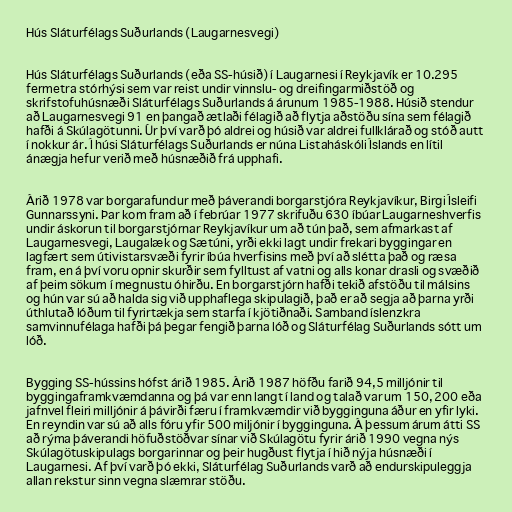
Hús Sláturfélags Suðurlands (Laugarnesvegi)

Hús Sláturfélags Suðurlands (eða SS-húsið) í Laugarnesi í Reykjavík er 10.295
fermetra stórhýsi sem var reist undir vinnslu- og dreifingarmiðstöð og
skrifstofuhúsnæði Sláturfélags Suðurlands á árunum 1985-1988. Húsið stendur
að Laugarnesvegi 91 en þangað ætlaði félagið að flytja aðstöðu sína sem félagið
hafði á Skúlagötunni. Úr því varð þó aldrei og húsið var aldrei fullklárað og stóð autt
í nokkur ár. Í húsi Sláturfélags Suðurlands er núna Listaháskóli Íslands en lítil
ánægja hefur verið með húsnæðið frá upphafi.

Árið 1978 var borgarafundur með þáverandi borgarstjóra Reykjavíkur, Birgi Ísleifi
Gunnarssyni. Þar kom fram að í febrúar 1977 skrifuðu 630 íbúar Laugarneshverfis
undir áskorun til borgarstjórnar Reykjavíkur um að tún það, sem afmarkast af
Laugarnesvegi, Laugalæk og Sætúni, yrði ekki lagt undir frekari byggingar en
lagfært sem útivistarsvæði fyrir íbúa hverfisins með því að slétta það og ræsa
fram, en á því voru opnir skurðir sem fylltust af vatni og alls konar drasli og svæðið
af þeim sökum í megnustu óhirðu. En borgarstjórn hafði tekið afstöðu til málsins
og hún var sú að halda sig við upphaflega skipulagið, það er að segja að þarna yrði
úthlutað lóðum til fyrirtækja sem starfa í kjötiðnaði. Samband íslenzkra
samvinnufélaga hafði þá þegar fengið þarna lóð og Sláturfélag Suðurlands sótt um
lóð.

Bygging SS-hússins hófst árið 1985. Árið 1987 höfðu farið 94,5 milljónir til
byggingaframkvæmdanna og þá var enn langt í land og talað var um 150, 200 eða
jafnvel fleiri milljónir á þávirði færu í framkvæmdir við bygginguna áður en yfir lyki.
En reyndin var sú að alls fóru yfir 500 miljónir í bygginguna. Á þessum árum átti SS
að rýma þáverandi höfuðstöðvar sínar við Skúlagötu fyrir árið 1990 vegna nýs
Skúlagötuskipulags borgarinnar og þeir hugðust flytja í hið nýja húsnæði í
Laugarnesi. Af því varð þó ekki, Sláturfélag Suðurlands varð að endurskipuleggja
allan rekstur sinn vegna slæmrar stöðu.